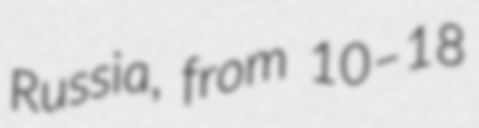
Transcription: Russia, from 10–18